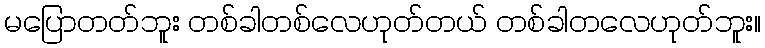
မပြောတတ်ဘူး တစ်ခါတစ်လေဟုတ်တယ် တစ်ခါတလေဟုတ်ဘူး။